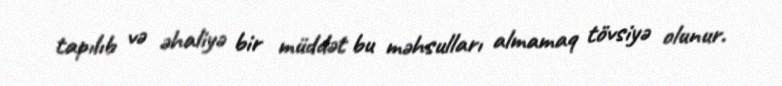
tapılıb və əhaliyə bir müddət bu məhsulları almamaq tövsiyə olunur.